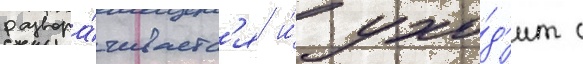
развора́чиваетс'я и́ ухо́д'ит с